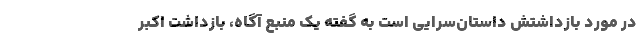
در مورد بازداشتش داستان‌سرایی است به گفته یک منبع ‌آگاه، بازداشت اکبر